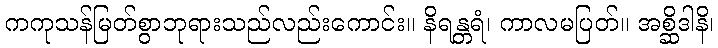
ကကုသန်မြတ်စွာဘုရားသည်လည်းကောင်း။ နိရန္တရံ၊ ကာလမပြတ်။ အစ္ဆိဒါနိ၊